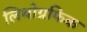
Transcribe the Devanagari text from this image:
लिथोग्रफिक